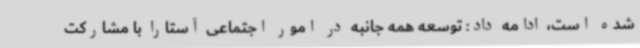
شده است، ادامه داد: توسعه همه جانبه در امور اجتماعی آستارا با مشارکت